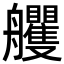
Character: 𦫇